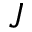
J